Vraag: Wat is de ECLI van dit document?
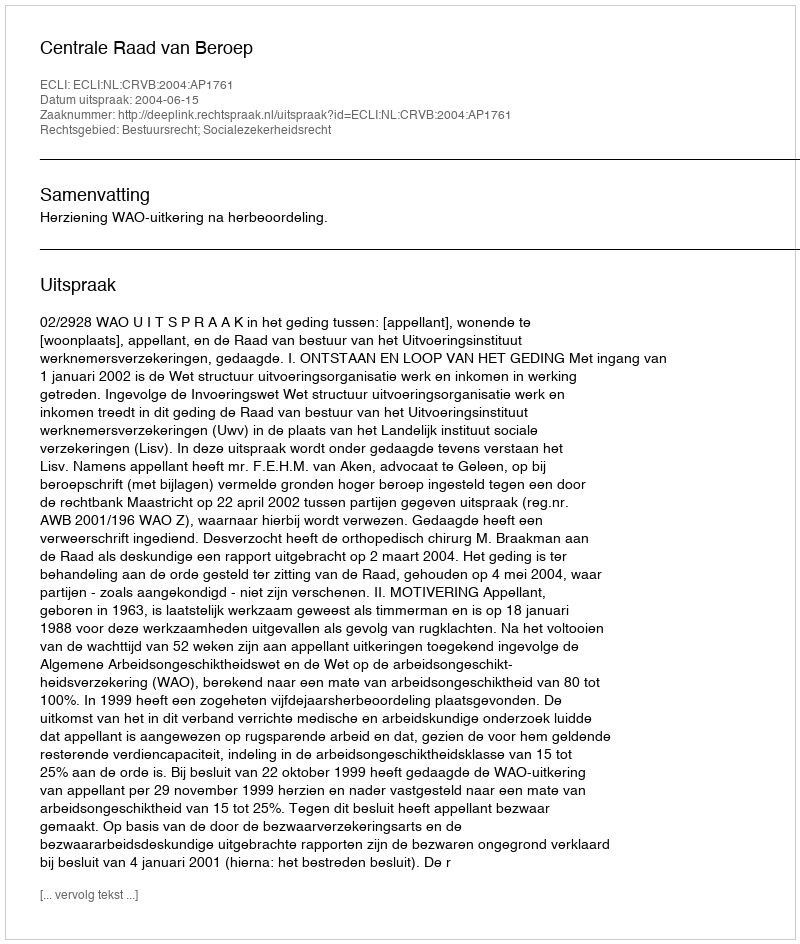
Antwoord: ECLI:NL:CRVB:2004:AP1761